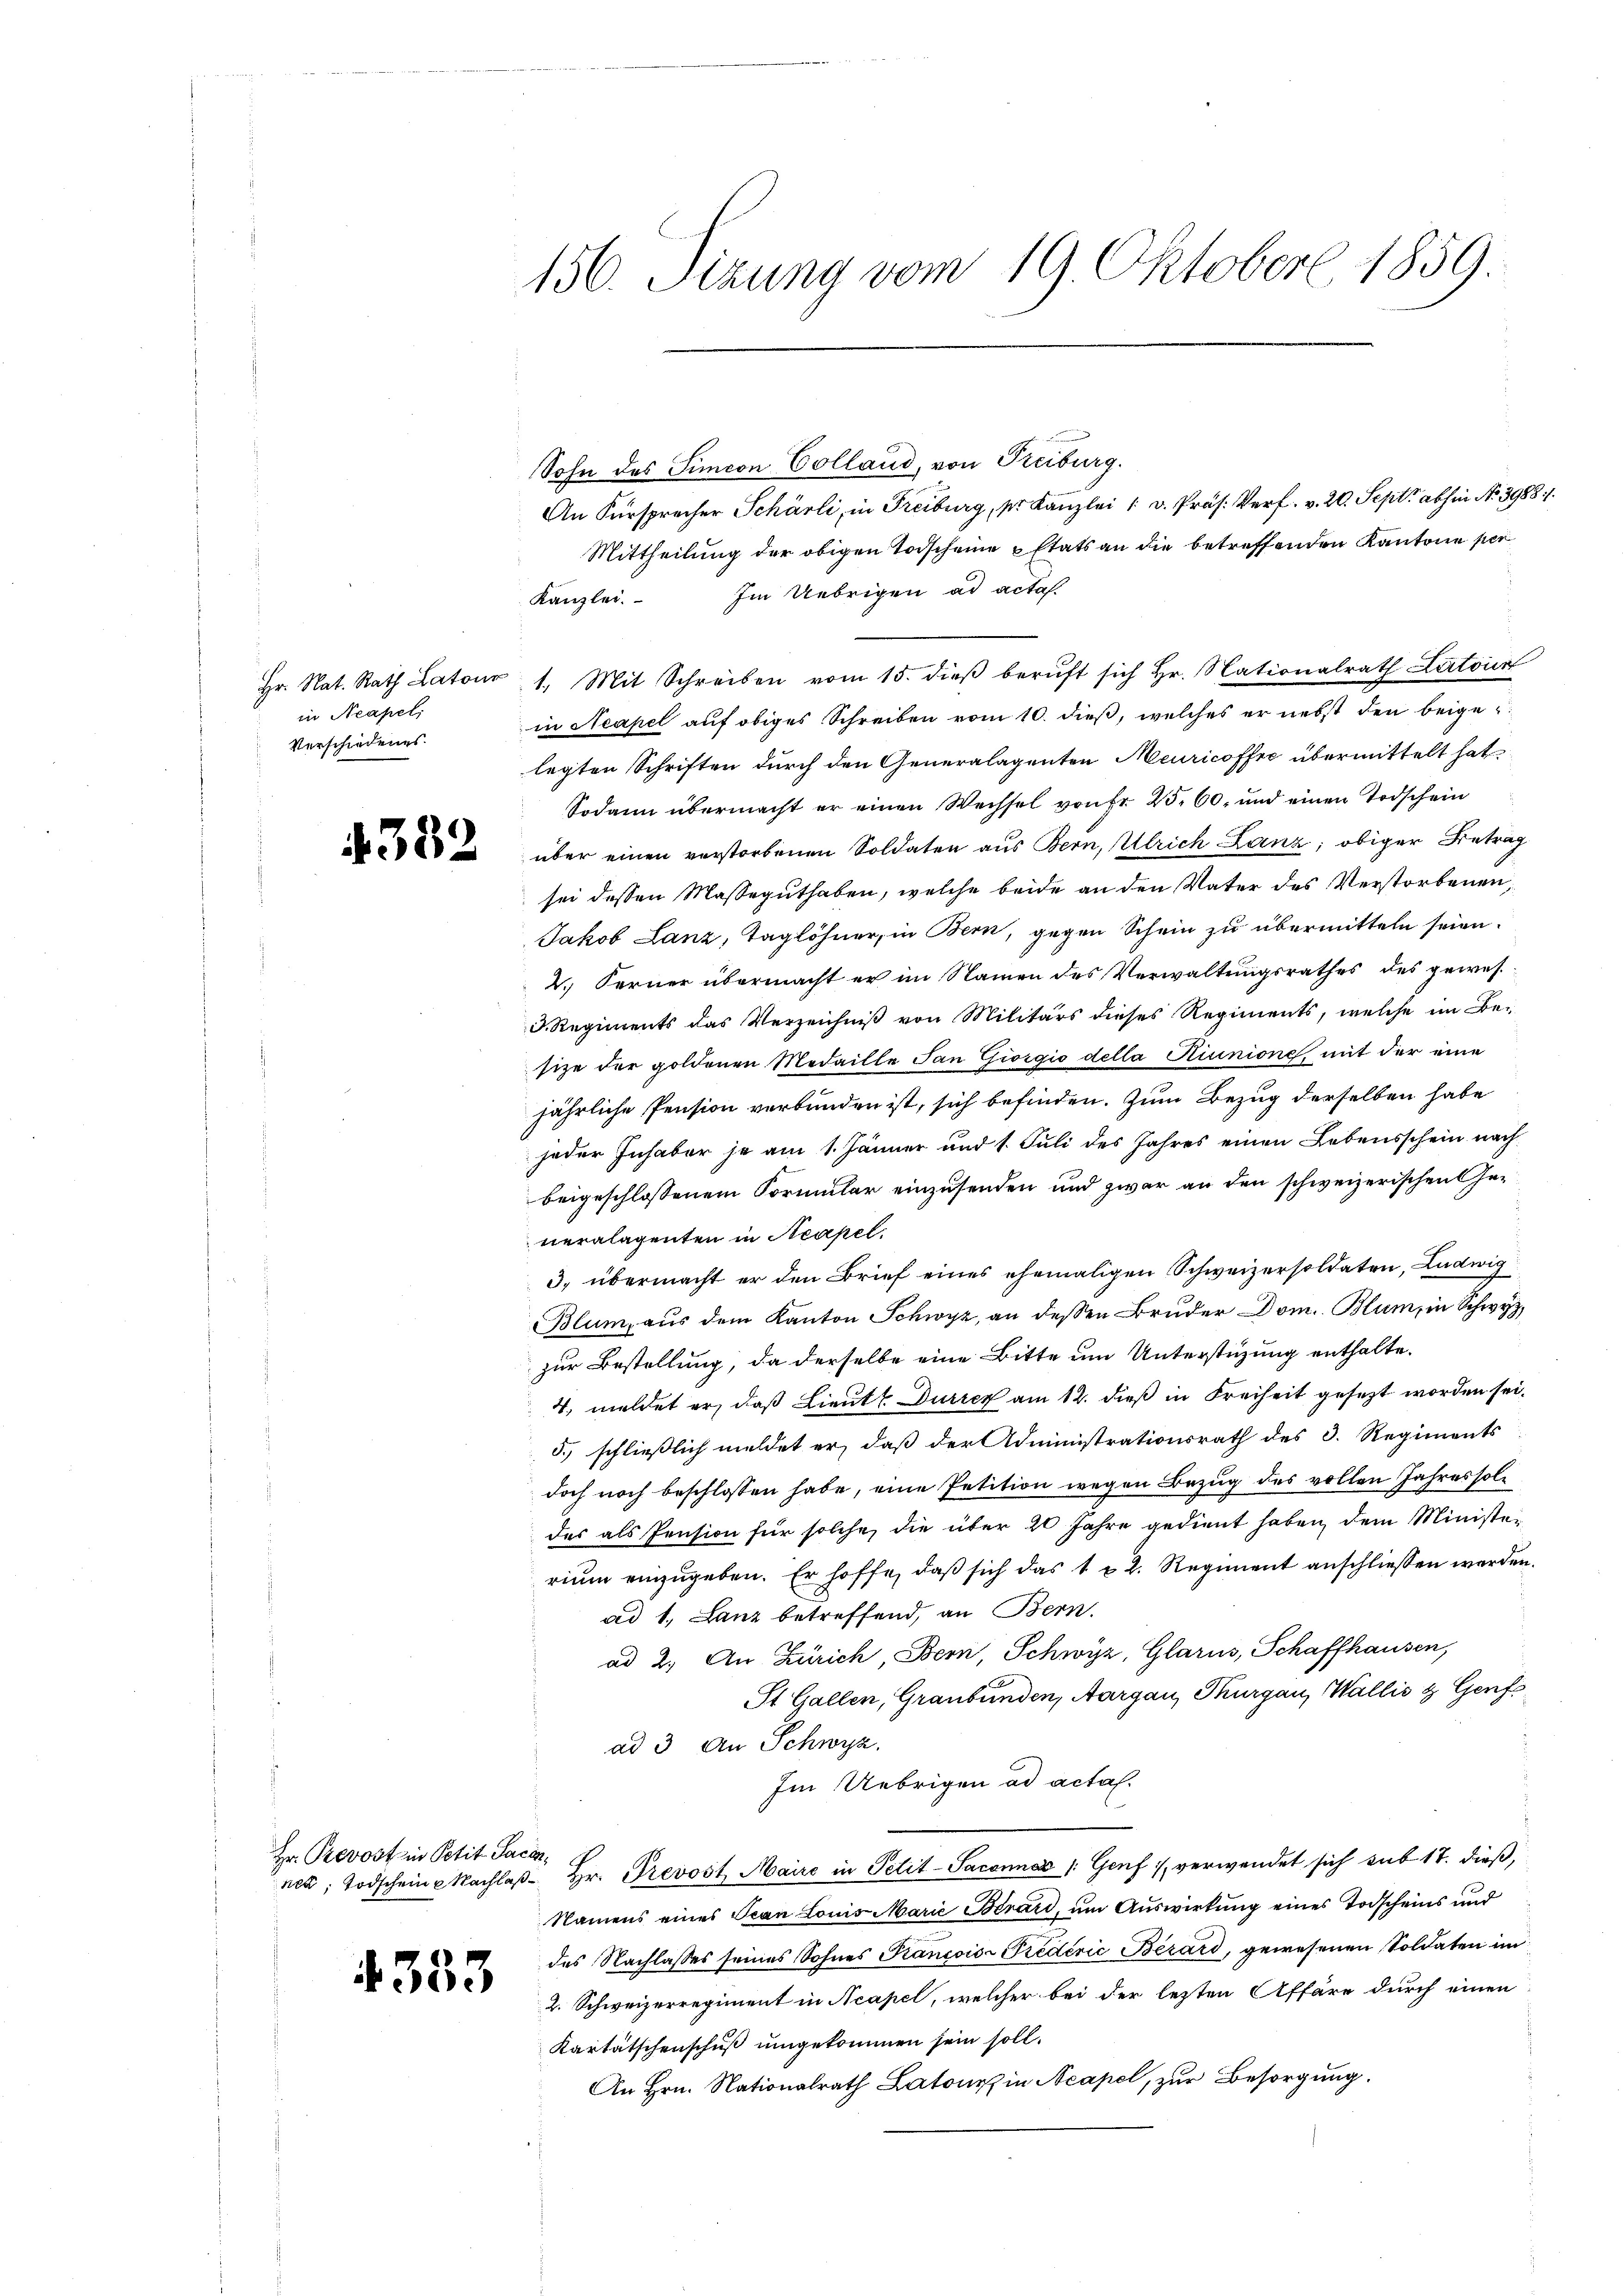
in Neapel
Verschiedenes.

Sohn des Simcon Colland, von Freiburg.
An Fürsprecher Schärli, in Freiburg, pr. Kanzlei 1 v. Präs. Verf. v. 20. Sept. abhin No 39881.
Mittheilung der obigen Todscheine Etats an die betreffenden Kantone per
Im Uebrigen ad acta.
Kanzlei.
hr. Nat. Rath Lato 1. Mit Schreiben vom 15. dieβ berŭft sich hr. Nationalrath Latoir
in Neapel auf obiges Schreiben vom 10. dieß, welches er nebst den beigelegten Schriften durch den Generalagenten Meuricoffre übermittelt hat.
Sodann übermacht er einen Wechsel von Fr. 25. 60. und einen Todschein
2 über einen verstorbenen Soldaten aus Bern, Ulrich Lanz; obiger Betrag
sei dessen Masseguthaben, welche beide an den Vater des Verstorbenen,
Jakob Lanz, Taglöhner, in Bern, gegen Schein zu übermitteln seien.
2.) Ferner übermacht er im Namen des Verwaltungsrathes des gewes
3. Regiments das Verzeichniß von Militärs dieses Regiments, welche im Be-
size der goldenen Medaille Jan Giorgio della Kiunione, mit der eine
jährliche Pension verbunden ist, sich befinden. Zum Bezug derselben habe
jeder Inhaber je am 1. Jänner und 1. Juli des Jahres einen Lebensschein nach
beigeschlossenem Formular einzusenden und zwar an den schweizerischen Generalagenten in Acapel.
3. übermacht er den Brief eines ehemaligen Schweizersoldaten, Ludwig
Blum, aus dem Kanton Schwyz, an dessen Bruder Dom. Blum, in Schwyz,
zur Bestellung, da derselbe eine Bitte um Unterstüzung enthalte.
4. meldet er, daß Lieut. Durren am 12. dieß in Freiheit gesezt worden sei¬
5.) schließlich meldet er, daß der Administrationsrath des 3. Regiments
doch noch beschlossen habe, eine Petition wegen Bezug des vollen Jahresholz
des als Pension für solche, die über 20 Jahre gedient haben, dem Ministerium einzugeben. Er hoffe, daß sich das 1 u 2. Regiment anschliessen werden.
ad 1, Lanz betreffend, an Bern.
ad 2. An Zürich, Bern, Schwyz, Glarus, Schaffhausen,
St. Gallen, Graubünden, Aargau, Thurgau, Wallis & Genfs
ad 3. An Schwyz.
Im Uebrigen ad actas.
nea, Todschein Nachlaβ hr. Prevost Maire in Petit-Saconnaz /: Genf 1, verwendet sich sub 17. dieß,
Namens eines Tean Louis Marie Berari, um Auswirkung eines Todscheins und
des Nachlasses seines Sohnes Kancois-Tredérić Bérard, gewesenen Soldaten im
2. Schweizerregiment in Acapel, welcher bei der lezten Affäre durch einen
Kartätschenschuß umgekommen sein soll.
An Hrn. Nationalrath Latone in Acapel, zur Besorgung.

Hr. Prevost in Petit Sacen¬

4353

156. Sizung vom 19. Oktober 1859.